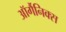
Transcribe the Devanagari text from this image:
ऑर्गैनिक्स